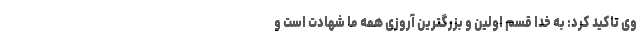
وی تاکید کرد: به خدا قسم اولین و بزرگترین آروزی همه ما شهادت است و